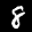
Label: 8